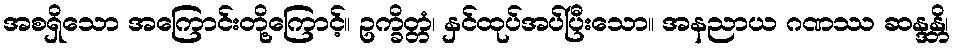
အစရှိသော အကြောင်းတို့ကြောင့်။ ဥက္ခိတ္တံ၊ နှင်ထုပ်အပ်ပြီးသော။ အနညာယ ဂဏဿ ဆန္ဒန္တိ၊